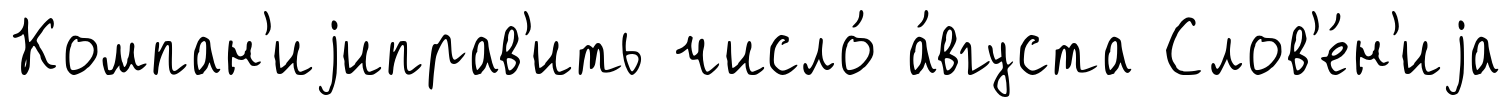
Компан'иjиправ'ить число́ а́вгуста Слов'е́н'иjа